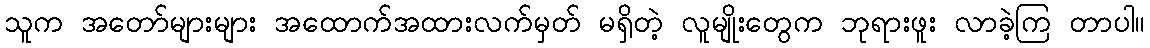
သူက အတော်များများ အထောက်အထားလက်မှတ် မရှိတဲ့ လူမျိုးတွေက ဘုရားဖူး လာခဲ့ကြ တာပါ။